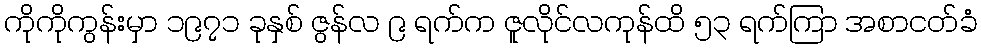
ကိုကိုကွန်းမှာ ၁၉၇၁ ခုနှစ် ဇွန်လ ၉ ရက်က ဇူလိုင်လကုန်ထိ ၅၃ ရက်ကြာ အစာငတ်ခံ